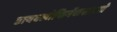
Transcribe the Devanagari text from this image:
डायक्लोफिनॅकसारखे